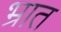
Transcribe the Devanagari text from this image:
भ्रात